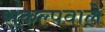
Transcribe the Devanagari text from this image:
संकल्पवाले